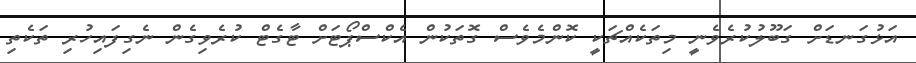
އަޅުގަނޑަށް ގަބޫލުކުރެވެނީ މިތަކެއްޗަކީ ކޮންމެވެސް ގޮތަކުން އެކްސްޕޯޓަށް ޓާގެޓް ކުރެވިގެން ނެގިފައިހުރި ތަކެތި